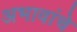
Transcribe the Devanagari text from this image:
अभावांचे